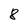
Character: 8